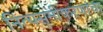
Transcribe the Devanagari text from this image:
नित्यसमीकरणांचा